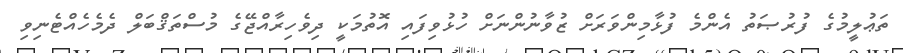
ތަޢުލީމުގެ ފުރުޞަތު އެންމެ ފުޅާމިންވަރަށް ޒުވާނުންނަށް ހުޅުވިފައި އޮތުމަކީ ދިވެހިރާއްޖޭގެ މުސްތަޤްބަލް ދެމެހެއްޓެނިވި